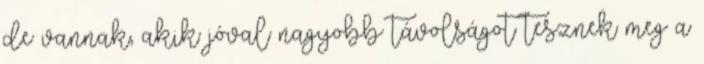
de vannak, akik jóval nagyobb távolságot tesznek meg a